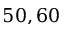
5 0 , 6 0